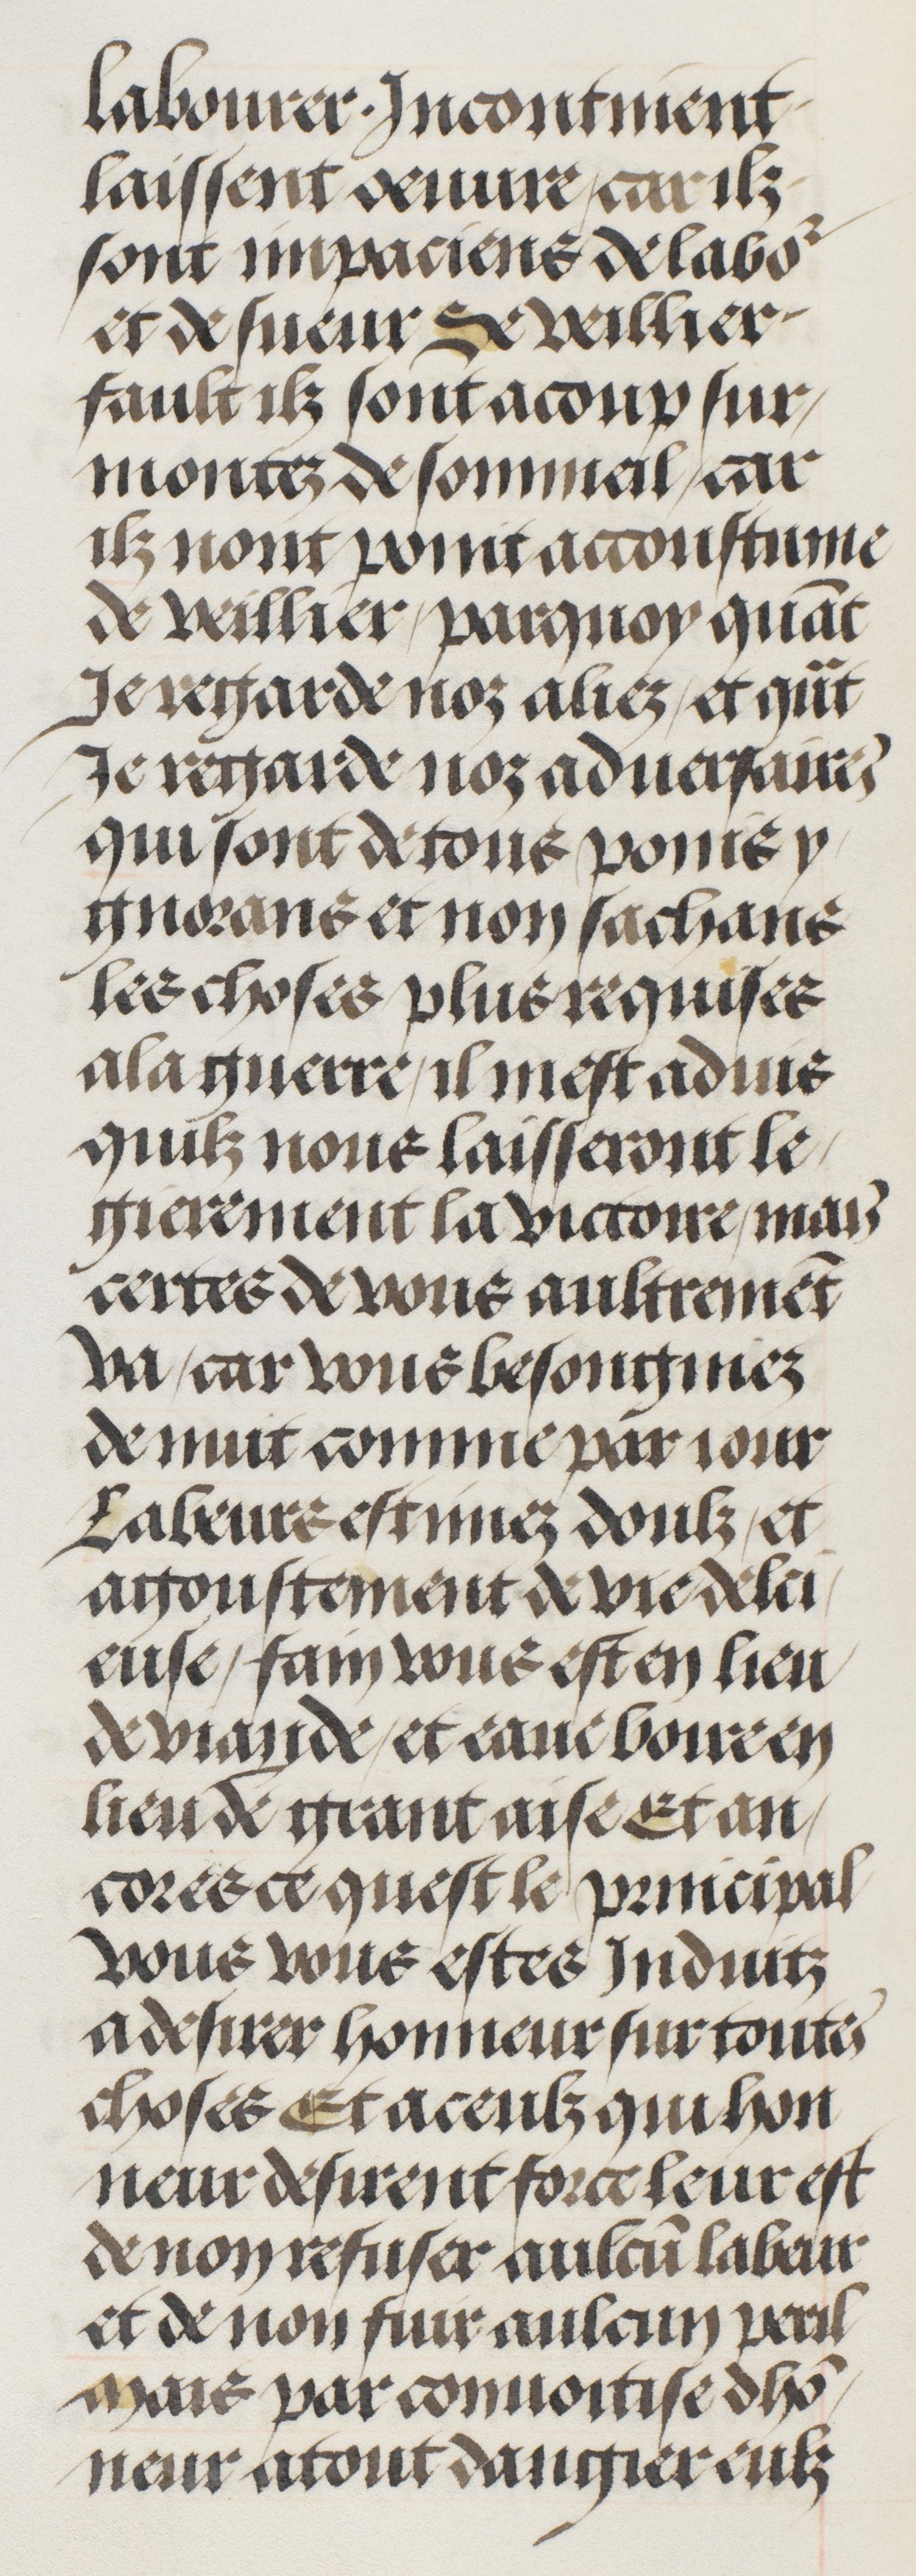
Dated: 1485–1505